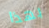
بهذا